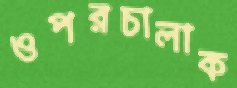
ওপরচালাক